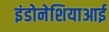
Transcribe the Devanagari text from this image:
इंडोनेशियाआई